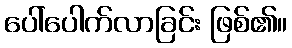
ပေါ်ပေါက်လာခြင်း ဖြစ်၏။